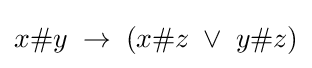
x\#y\;\to \;(x\#z\;\vee \;y\#z)